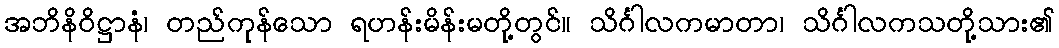
အဘိနိဝိဋ္ဌာနံ၊ တည်ကုန်သော ရဟန်းမိန်းမတို့တွင်။ သိင်္ဂါလကမာတာ၊ သိင်္ဂါလကသတို့သား၏